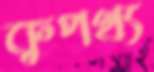
কুপথ্য